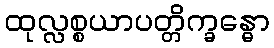
ထုလ္လစ္စယာပတ္တိက္ခန္ဓော